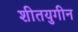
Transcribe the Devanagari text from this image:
शीतयुगीन